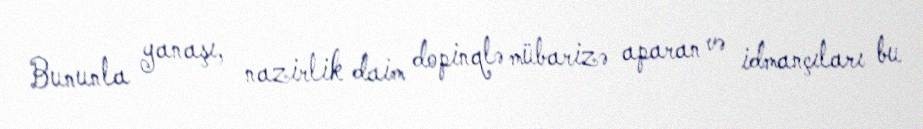
Bununla yanaşı, nazirlik daim dopinqlə mübarizə aparan və idmançıları bu